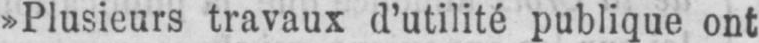
»Plusieurs travaux d’utilité publique ont